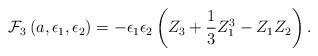
LaTeX: \begin{align*}{\cal F}_3\left(a, \epsilon_1,\epsilon_2\right)=-\epsilon_1 \epsilon_2 \left(Z_3 +\frac{1}{3} Z_1^3 - Z_1 Z_2 \right).\end{align*}